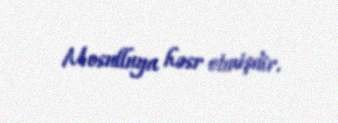
Mosulluya həsr etmişdir.